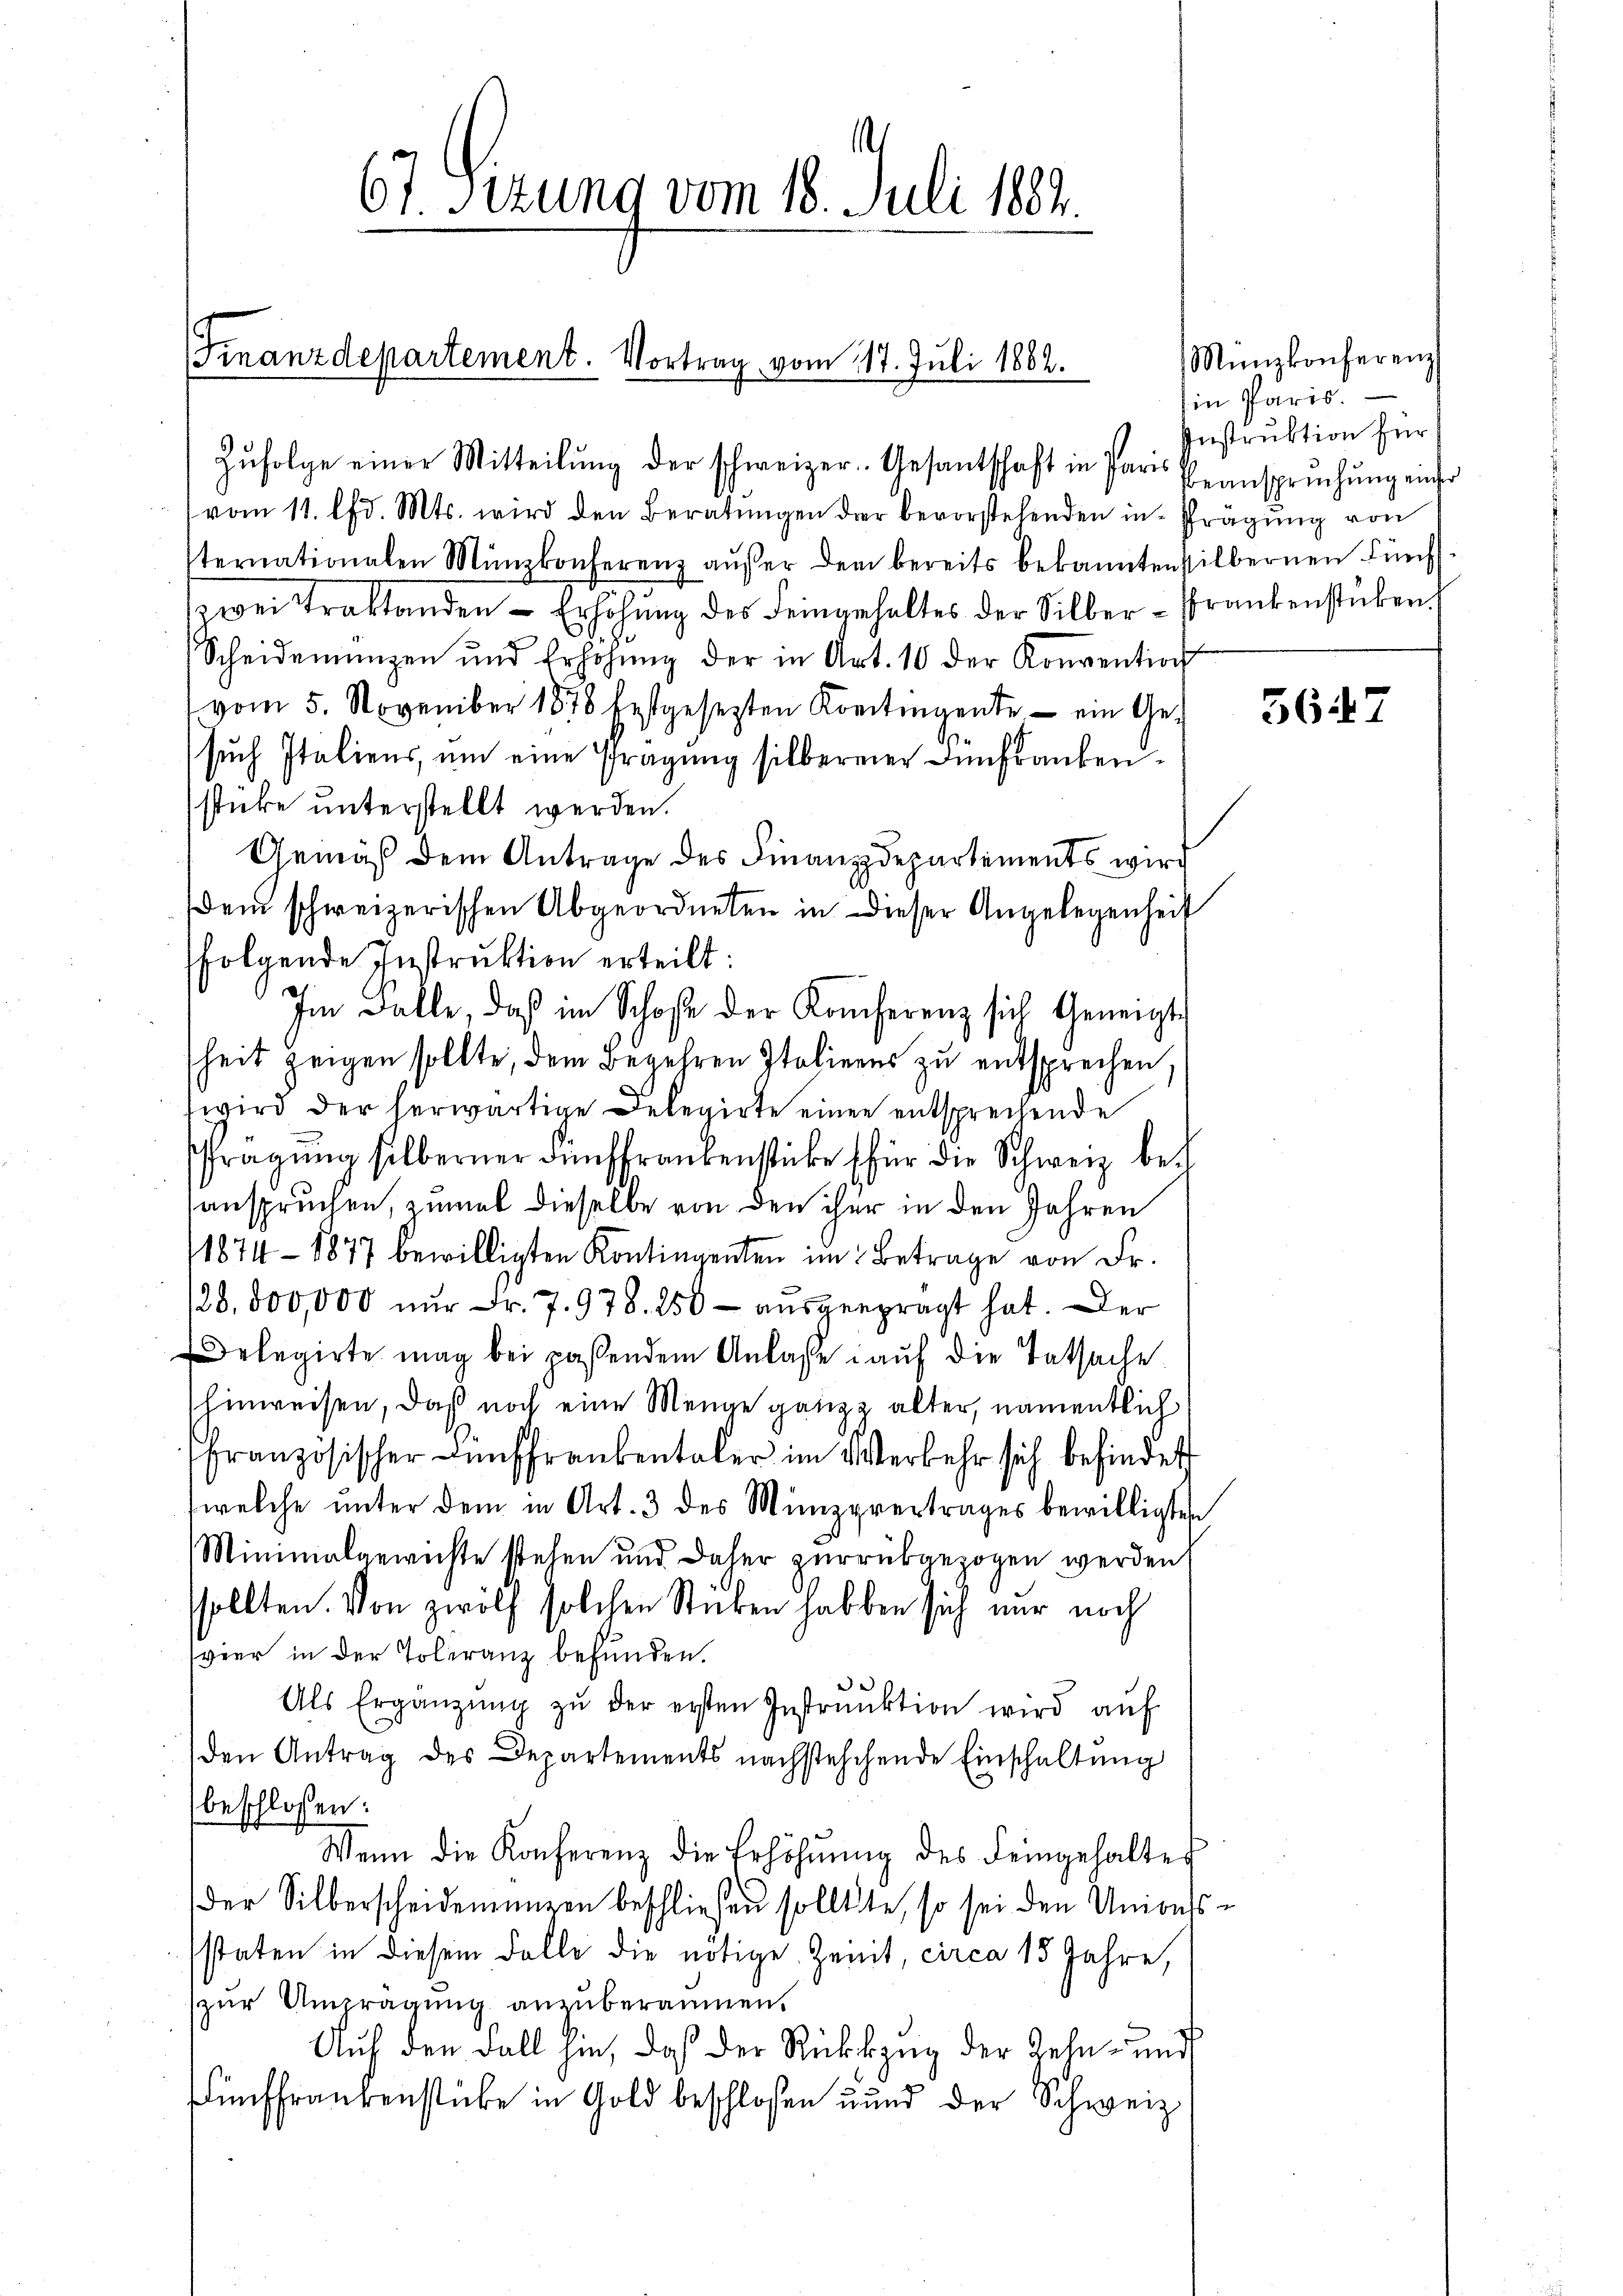
Finanzdepartement. Vortrag vom 117. Juli 1882.

s
67. Sizung vom 18. Juli 1882.

Zŭfolge einer Mitteilŭng der schweizer. Gesandtschaft in Paris Beansprŭchŭng einer
vom 11. lfd. Mts. wird den Beratungen der bevorstehenden in Prägung von
sternationalen Münzkonferenz außer dem bereits bekannten silbernen Fünf
zwei Traktanden Erhöhŭng des Feingehaltes der Silber-Frankenstücken.
Scheidemünzen und Erhöhŭng der in Art. 10 der Konvention
vom 5. November 1878 bestgesezten Komitingente - ein Gesuch Italiens, um eine Prägung silberner Anfrankensticke unterstellt werden.
Uemäß dem Antrage des Finanzdepartements wird
dem schweizerischen Abgeordneten in dieser Angelegenheit
folgende Instruktion erteilt:
Im Falle, daß im Schofe der Konferenz sich Geneigt
heit zeigen sollte, dem Begehren Italiens zŭ entsprechen.
wird der herwärtige Delegirte einen entsprechende
Prägŭng silberner Fünffrankenstücke für die Schweiz be-
anspruchen, zumal dieselbe von den ihrer in den Jahren
1874 - 1877 bewilligten Kontingenten im Betrage von Fr.
28,000,000 nur Fr. 7. 978. 250 - ausgesprägt hat. Der
Delegirte mag bei passendem Anlasse auf die Tatsache.
hinweisen, daß noch eine Menge ganz alter, namentlich
französischer Fünffrankentaler im Werkehr sich befindet
welche unter dem in Art. 3 des Münzpvertrages bewilligten
Minimalgewichte stehen und daher zurükgezogen werden.
sollten. Von zwölf solchen Sticken haben sich nur noch
vier in der Toleranz befunden.
Als Ergänzŭng zŭ der ersten Instrŭktion wird aŭf
den Antrag des Departements nachstehehende Einschaltung
beschlossen:
Wenn die Konferenz die Erhöhŭŭng des Feingehaltes
der Silberscheidemünzen beschließen solltete, so sei den Univehs
staten in diesem Falle die nötige Zeit, circa 15 Jahre,
zur Umprägung anzuberaumen.
Auf den Fall hin, daß der Rückzug der Zehn- und
ünffrankenstücke in Gold beschlossen und der Schweiz

Münzkonferenz
in Paris.
Instruktion für

|

5647